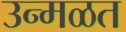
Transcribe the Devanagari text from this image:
उन्मळत